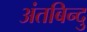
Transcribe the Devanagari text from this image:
अंतबिन्दु